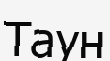
Таун